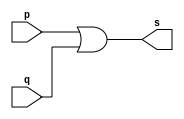
// ------------------------- 
// Exemplo0004 - OR 
// Nome: Felipe Ferreira Andrade do Carmo 
// ------------------------- 
 
// ------------------------- 
// -- or gate 
// ------------------------- 
module orportao( output s,input p, q); 
 assign s = p | q; 
endmodule // orgate 
 
// --------------------- 
// -- test or gate 
// --------------------- 
module testorgate; 
// ------------------------- dados locais 
   reg   a, b; // definir registradores 
   wire  s;    // definir conexao (fio) 
// ------------------------- instancia 
   orportao OR1 (s, a, b); 
// ------------------------- preparacao 
   initial begin:start 
      a=0; b=0; 
   end 
 
 
// ------------------------- parte principal 
 
   initial begin 
      $display("Exemplo0004 - Felipe Ferreira - 427402"); 
      $display("Test OR gate"); 
      $display("\na & b = s\n"); 
      a=0; b=0; 
  #1  $display("%b & %b = %b", a, b, s); 
      a=0; b=1; 
  #1  $display("%b & %b = %b", a, b, s); 
      a=1; b=0; 
  #1  $display("%b & %b = %b", a, b, s); 
      a=1; b=1; 
  #1  $display("%b & %b = %b", a, b, s); 
 end 
 
endmodule // testorgate